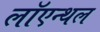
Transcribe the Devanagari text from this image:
लॉएन्थल